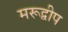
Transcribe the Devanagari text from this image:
मरूद्वीप